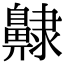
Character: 齂